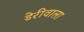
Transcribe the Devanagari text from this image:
डेरीवाला